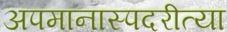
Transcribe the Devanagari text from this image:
अपमानास्पदरीत्या